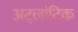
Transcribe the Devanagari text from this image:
अट्लांटिक